Medical and sanitary report of the native army of Madras for the year
Year: 1872
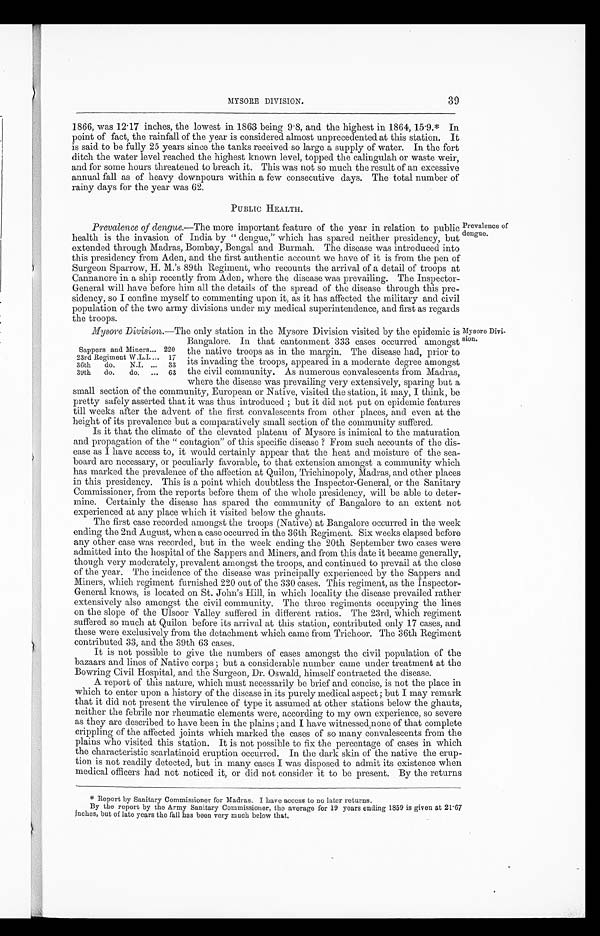
39
MYSORE DIVISION.
1866, was 12.17 inches, the lowest in 1863 being 9.8, and the highest in 1864, 15.9.* In
point of fact, the rainfall of the year is considered almost unprecedented at this station. It
is said to be fully 25 years since the tanks received so large a supply of water. In the fort
ditch the water level reached the highest known level, topped the calingulah or waste weir,
and for some hours threatened to breach it. This was not so much the result of an excessive
annual fall as of heavy downpours within a few consecutive days. The total number of
rainy days for the year was 62.
PUBLIC HEALTH.
Prevalence of
dengue.
Prevalence of dengue.—The more important feature of the year in relation to public
health is the invasion of India by "dengue," which has spared neither presidency, but
extended through Madras, Bombay, Bengal and Burmah. The disease was introduced into
this presidency from Aden, and the first authentic account we have of it is from the pen of
Surgeon Sparrow, H. M.'s 89th Regiment, who recounts the arrival of a detail of troops at
Cannanore in a ship recently from Aden, where the disease was prevailing. The Inspector
-
General will have before him all the details of the spread of the disease through this pre
-
sidency, so I confine myself to commenting upon it, as it has affected the military and civil
population of the two army divisions under my medical superintendence, and first as regards
the troops.
Mysore Division.—The only station in the Mysore Division visited by the epidemic is
Bangalore. In that cantonment 333 cases occurred amongst
the native troops as in the margin. The disease had, prior to
its invading the troops, appeared in a moderate degree amongst
the civil community. As numerous convalescents from Madras,
where the disease was prevailing very extensively, sparing but a
small section of the community, European or Native, visited the station, it may, I think, be
pretty safely asserted that it was thus introduced; but it did not put on epidemic features
till weeks after the advent of the first convalescents from other places, and even at the
height of its prevalence but a comparatively small section of the community suffered.
Is it that the climate of the elevated plateau of Mysore is inimical to the maturation
and propagation of the "contagion" of this specific disease ? From such accounts of the dis
-
ease as I have access to, it would certainly appear that the heat and moisture of the sea
-
board are necessary, or peculiarly favorable, to that extension amongst a community which
has marked the prevalence of the affection at Quilon, Trichinopoly, Madras, and other places
in this presidency. This is a point which doubtless the Inspector-General, or the Sanitary
Commissioner, from the reports before them of the whole presidency, will be able to deter
-
mine. Certainly the disease has spared the community of Bangalore to an extent not
experienced at any place which it visited below the ghauts.
The first case recorded amongst the troops (Native) at Bangalore occurred in the week
ending the 2nd August, when a case occurred in the 36th Regiment. Six weeks elapsed before
any other case was recorded, but in the week ending the 20th September two cases were
admitted into the hospital of the Sappers and Miners, and from this date it became generally,
though very moderately, prevalent amongst the troops, and continued to prevail at the close
of the year. The incidence of the disease was principally experienced by the Sappers and
Miners, which regiment furnished 220 out of the 330 cases. This regiment, as the Inspector
-
General knows, is located on St. John's Hill, in which locality the disease prevailed rather
extensively also amongst the civil community. The three regiments occupying the lines
on the slope of the Ulsoor Valley suffered in different ratios. The 23rd, which regiment
suffered so much at Quilon before its arrival at this station, contributed only 17 cases, and
these were exclusively from the detachment which came from Trichoor. The 36th Regiment
contributed 33, and the 39th 63 cases.
It is not possible to give the numbers of cases amongst the civil population of the
bazaars and lines of Native corps; but a considerable number Came under treatment at the
Bowring Civil Hospital, and the Surgeon, Dr. Oswald, himself contracted the disease.
A report of this nature, which must necessarily be brief and concise, is not the place in
which to enter upon a history of the disease in its purely medical aspect; but I may remark
that it did not present the virulence of type it assumed at other stations below the ghauts
neither the febrile nor rheumatic elements were, according to my own experience, so severe
as they are described to have been in the plains; and I have witnessed none of that complete
crippling of the affected joints which marked the cases of so many convalescents from the
plains who visited this station. It is not possible to fix the percentage of cases in which
the characteristic scarlatinoid eruption occurred. In the dark skin of the native the erup-
t i o n i s n o t r e a d i l y d e t e c t e d , b u t i n m a n y c a s e s I w a s d i s p o s e d t o a d m i t i t s e x i s t e n c e w h e n
m e d i c a l o f f i c e r s h a d n o t n o t i c e d i t , o r d i d n o t c o n s i d e r i t t o b e p r e s e n t . B y t h e r e t u r n s
Sappers and Miners . . . 220
23rd Regiment W.L.I. . . .
17
36th
do.
N.I. . . .
33
39th
do.
do. . . .
63
Mysore Divi
-
sion.
* Report by Sanitary Commissioner for Madras. I have access to no later returns.
By the report by the Army Sanitary Commissioner, the average for 19 years ending 1859 is given at 21.67
inches, but of late years the fall has been very much below that.